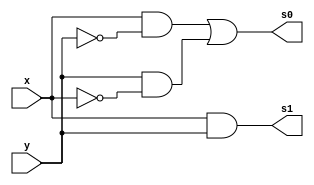
//Guia 03-1 MEIA-SOMA
//Nome: Matheus Felipe Silva Evangelista

module meia_soma(s0,s1,x,y);
output s0,s1;
input x,y;

wire t1,t2,t3,t4;
//combinao para simular uma xor com portas Primitivas
not notx(t1,x);
not noty(t2,y);
and and1(t3,x,t2);
and and2(t4,y,t1);
or or1(s0,t3,t4);

and and3(s1,x,y);

endmodule

//teste

module teste_meia_soma;
reg a,b;
wire s0,s1;

//instancia
meia_soma m1(s0,s1,a,b);

//main
initial begin

$display("\n Guia 03-1");
$display("\n Meia soma com portas primitivas");
$display("\n Vout  A + B =              ");
    $monitor("  %b ||%b + %b = %b",s1,a,b,s0);

a=0;b=0;
#1 a=0;b=1;
#1 a=1;b=0;
#1 a=1;b=1;
end
endmodule
//Resultado

/*

  Guia 03-1
    
     Meia soma com portas primitivas
    
     Vout  A + B =              
      0 ||0 + 0 = 0
      0 ||0 + 1 = 1
      0 ||1 + 0 = 1
      1 ||1 + 1 = 0

*/